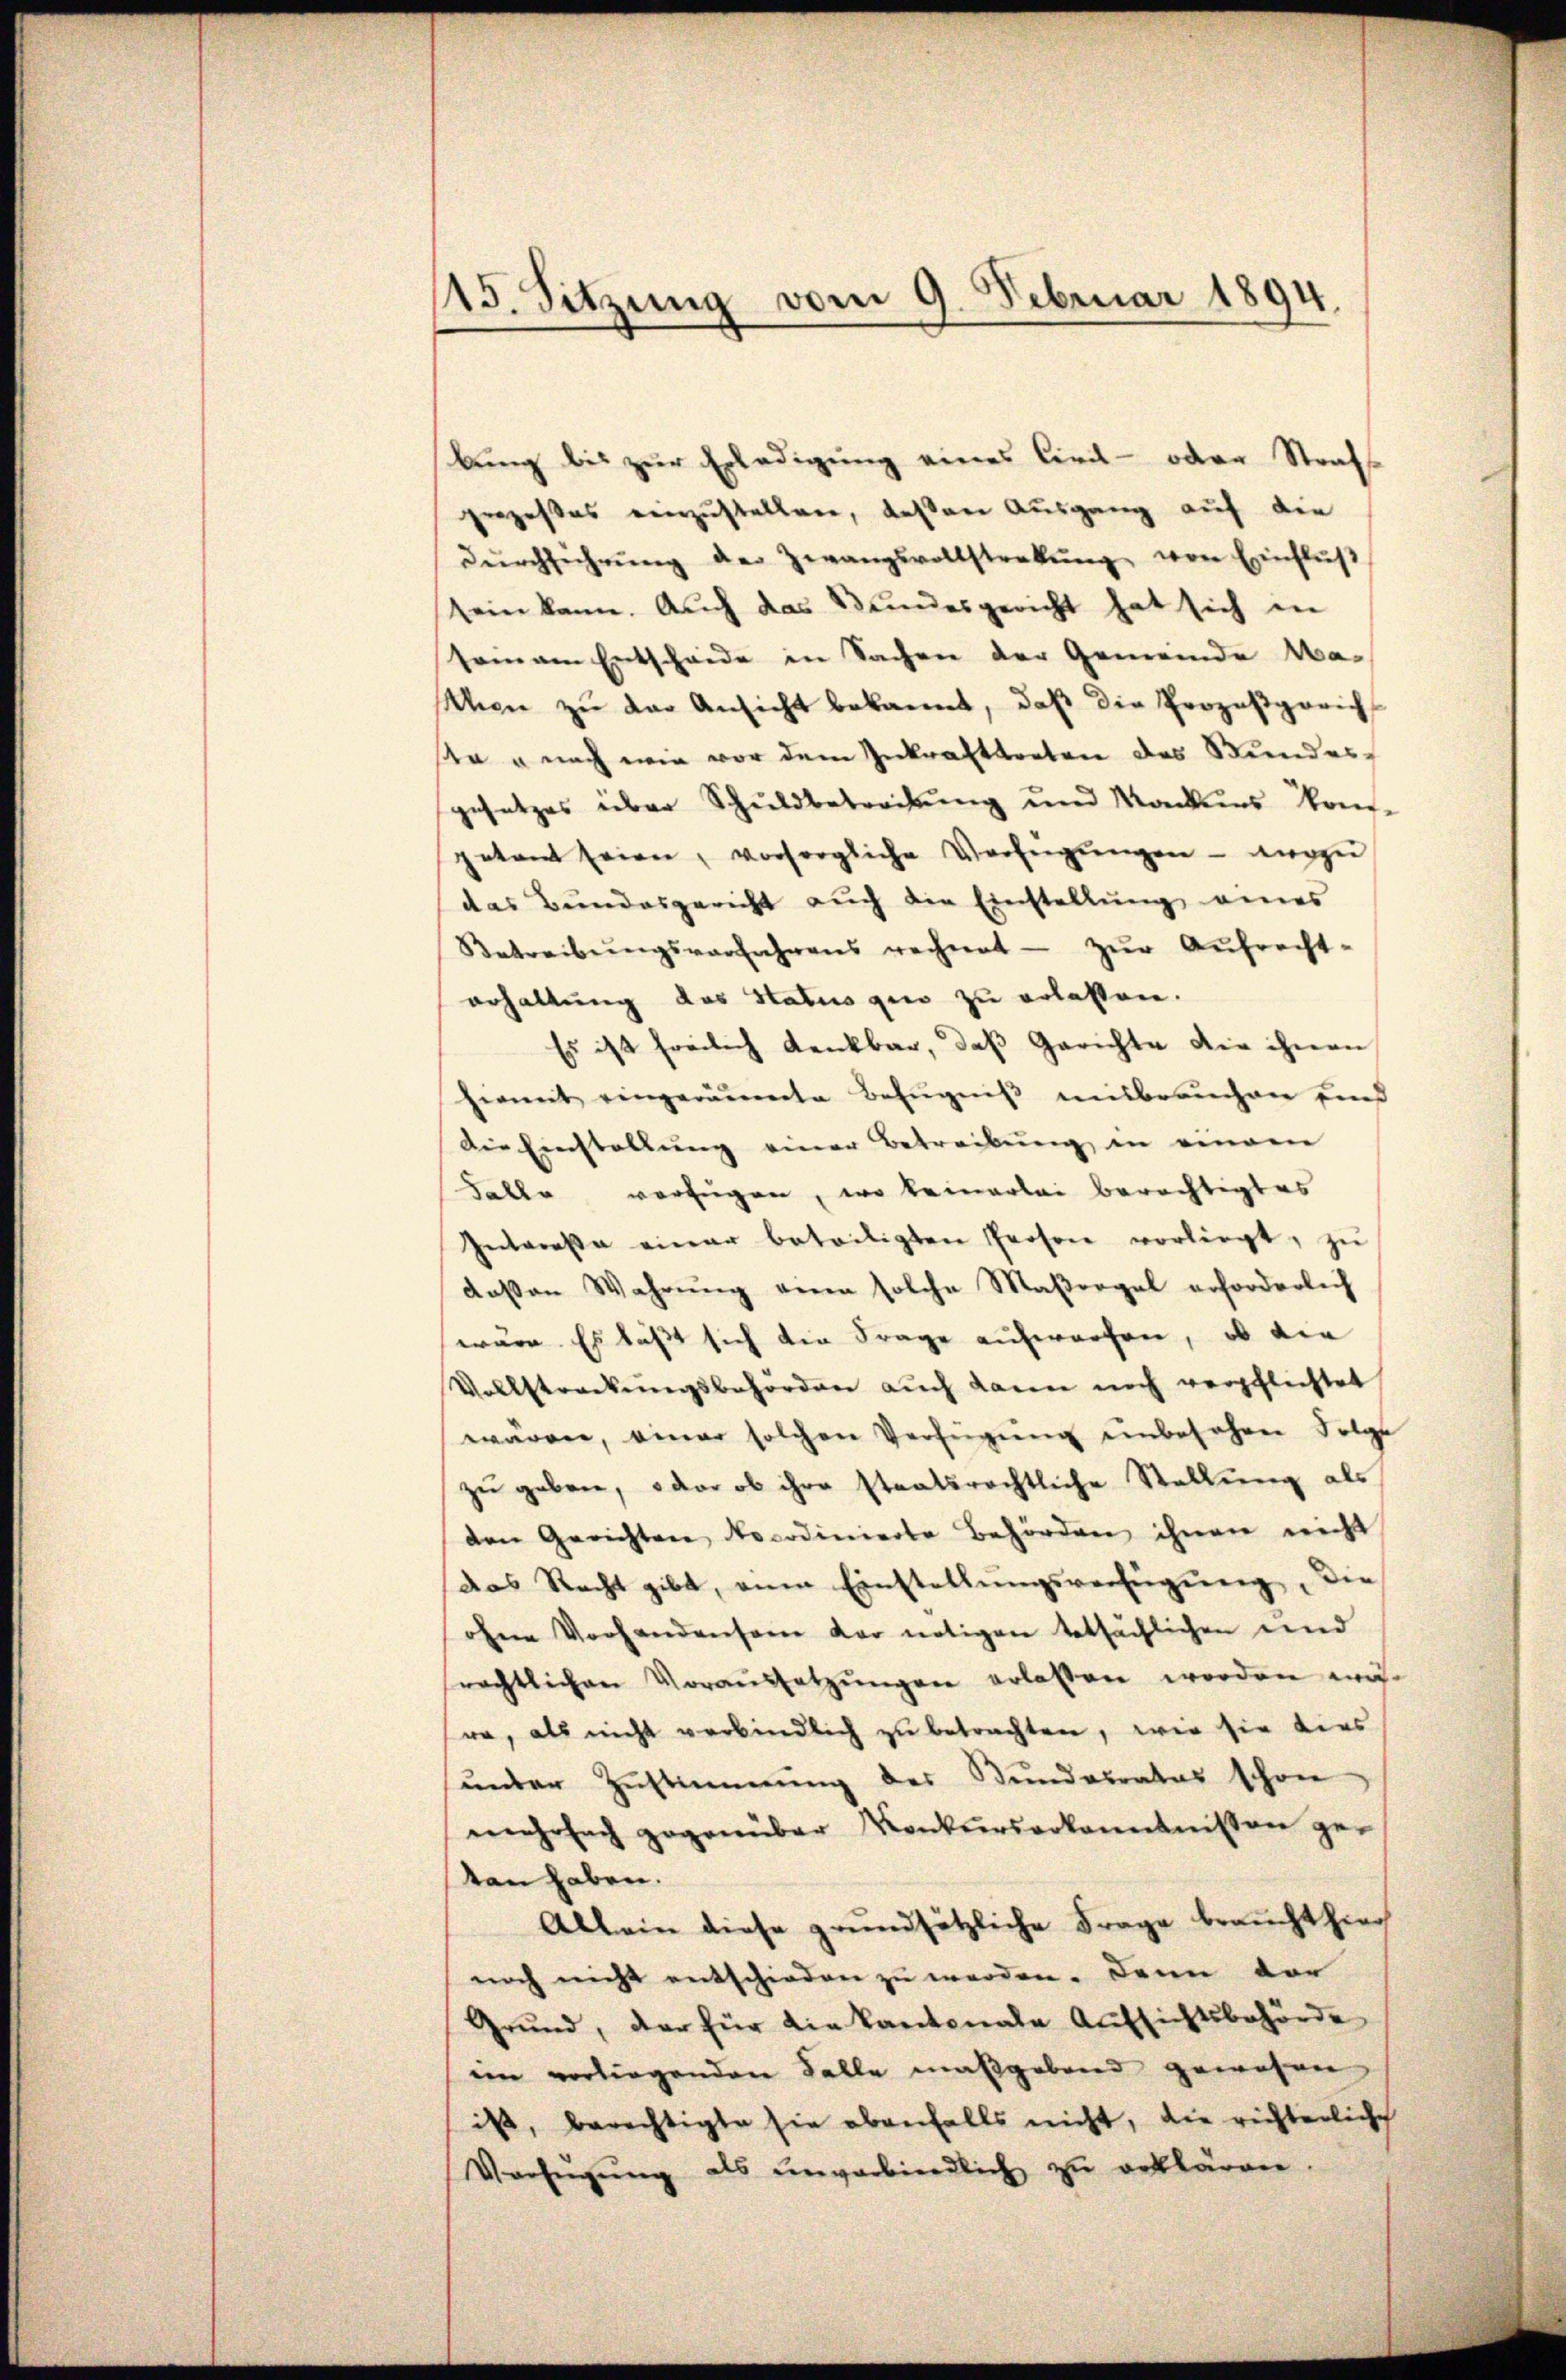
15. Sitzung vom 9. Februar 1894.

bung bis zur Erledigung eines Circh- odere Strafs
prozeßes einzustellen, deßen Ausgang auf die
dŭrchführŭng der Zwangsvollstrekŭng von Einflŭβ
sein kann. Auch das Bundesgericht hat sich in
seinem Entschiede in Sachen der Gemeinde Wathen zu der Ansicht bekannt, daß die Prozeßgericht
te u nach wie vor dem Inkrafttreten des Stundesgesetzes über Schuldbetreibung und Mackens Kon-
getant seinen, vorsorgliche Verfügŭngen - wozu
das Bundesgericht aŭch die Einstellŭng eines
Betreibŭngsverfahrens rechnet zŭr Aŭfrecht-
erhaltung das Status quo zu erlassen.
Es ist freilich denkbar, daß Gerichte die ihnen
hiemit eingeräumte Bezŭgniβ mitbrauchen und
Die Einstallung einer Betreibung in einem
Falle verfügen, wo keinerlei berechtigtes
Intereße einer beteiligten Person vorliegt, zŭ
daβen Wahrŭng eine solche Maßregel erforderlich
wäre. Es läßt sich die Frage aufwerfen, ob die
Vollstreckungsbehörden auch dann noch verpflichtet
wären, einer solchen Verfügŭng einbesehen Folge
zu geben, oder ob ihre staatsrechtliche Stellung als
den Gerichtere Nocodinierte Behörden ihnen nicht
das Recht gibt, anen Einstellungsverfügung, die
ohne Vorhandensame der nötigen tatsächlichen und
rechtlichen Voraŭssetzŭngen erlassen worden wä-
re, als nicht verbindlich zu betrachten, wie sie dies
under Zustimmung des Bundesrates schon
mehrfach gegenüber Konkurserkenntnissen ge-
ten haben.
Allein diese grundsätzliche Frage braucht hier
noch nicht entschieden zu werden. Dann dor
Grŭnd, der für die kantonale Aufsichtsbehörde
im vorliegenden Falle maßgebend gewesen
ist, berechtigte sie ebenfalls nicht, die richterliche
Verfŭgŭng als unverbindlich zu erklären.